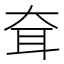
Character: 耷